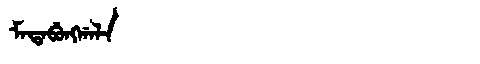
Manchu: ᠮᠠᡨᠠᠪᡠᠩᡤᠠᠯᠠ
Romanization: MATABUNGGALA